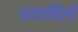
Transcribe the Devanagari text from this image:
समामिलों